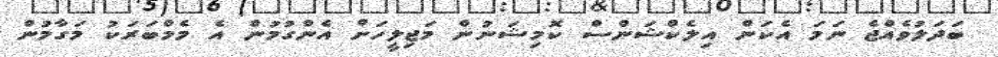
ބަދަލުވެއްޖެ ނަމަ އެކަން އިލެކްޝަންސް ކޮމިޝަނުން މަޖިލީހަށް އެންގުމުން އެ މެމްބަރަކު މަގާމުން